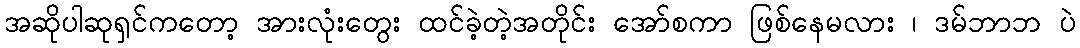
အဆိုပါဆုရှင်ကတော့ အားလုံးတွေး ထင်ခဲ့တဲ့အတိုင်း အော်စကာ ဖြစ်နေမလား ၊ ဒမ်ဘာဘ ပဲ